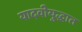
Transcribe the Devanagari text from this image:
यादवीयुद्धात